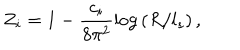
Z _ { i } = 1 - \frac { c _ { i } } { 8 \pi ^ { 2 } } \mathrm { l o g } \left( R / l _ { s } \right) ,